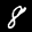
Label: 8